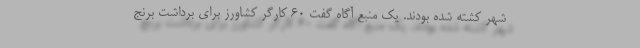
شهر کشته شده بودند. یک منبع آگاه گفت ۶۰ کارگر کشاورز برای برداشت برنج